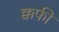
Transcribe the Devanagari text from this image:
क्कफी